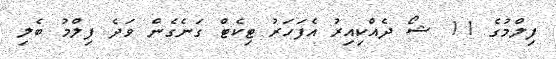
ފިލްމުގެ 11 ޝޯ ދެއްކިއިރު އެފަހަރު ޓިކެޓް ގަނެގެން ވަދެ ފިލްމު ބެލި